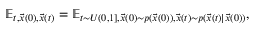
\mathbb { E } _ { t , \vec { x } ( 0 ) , \vec { x } ( t ) } = \mathbb { E } _ { t \sim U ( 0 , 1 ] , \vec { x } ( 0 ) \sim p ( \vec { x } ( 0 ) ) , \vec { x } ( t ) \sim p ( \vec { x } ( t ) | \vec { x } ( 0 ) ) } ,